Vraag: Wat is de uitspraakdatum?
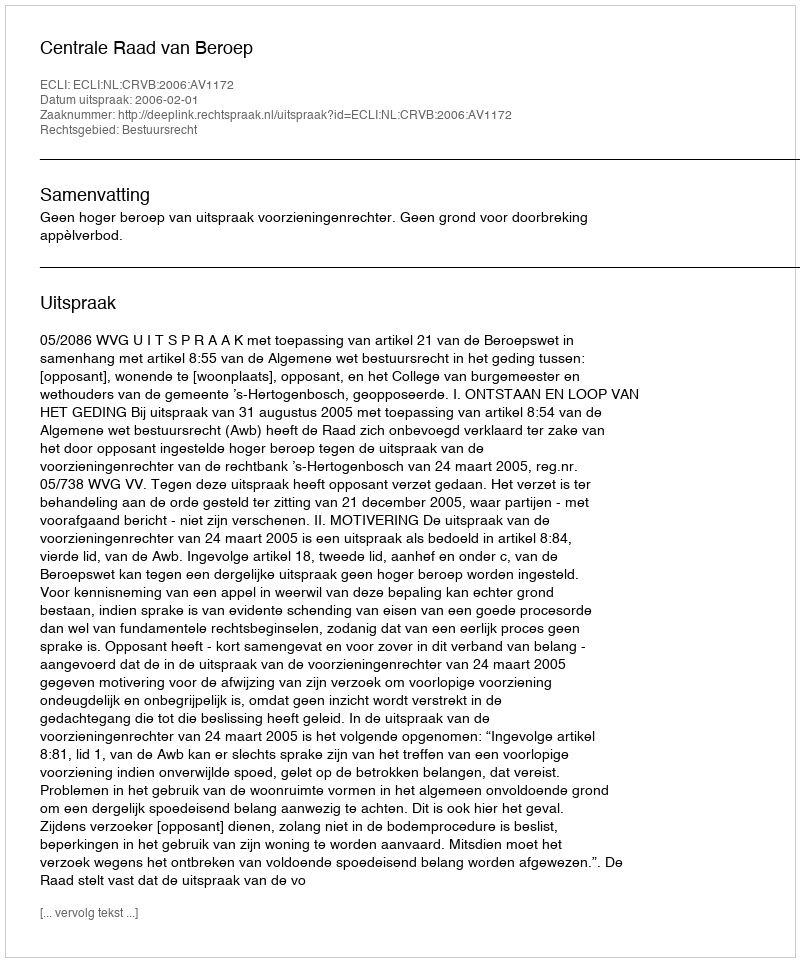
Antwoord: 2006-02-01